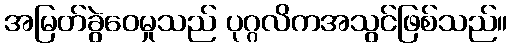
အမြတ်ခွဲဝေမှုသည် ပုဂ္ဂလိကအသွင်ဖြစ်သည်။